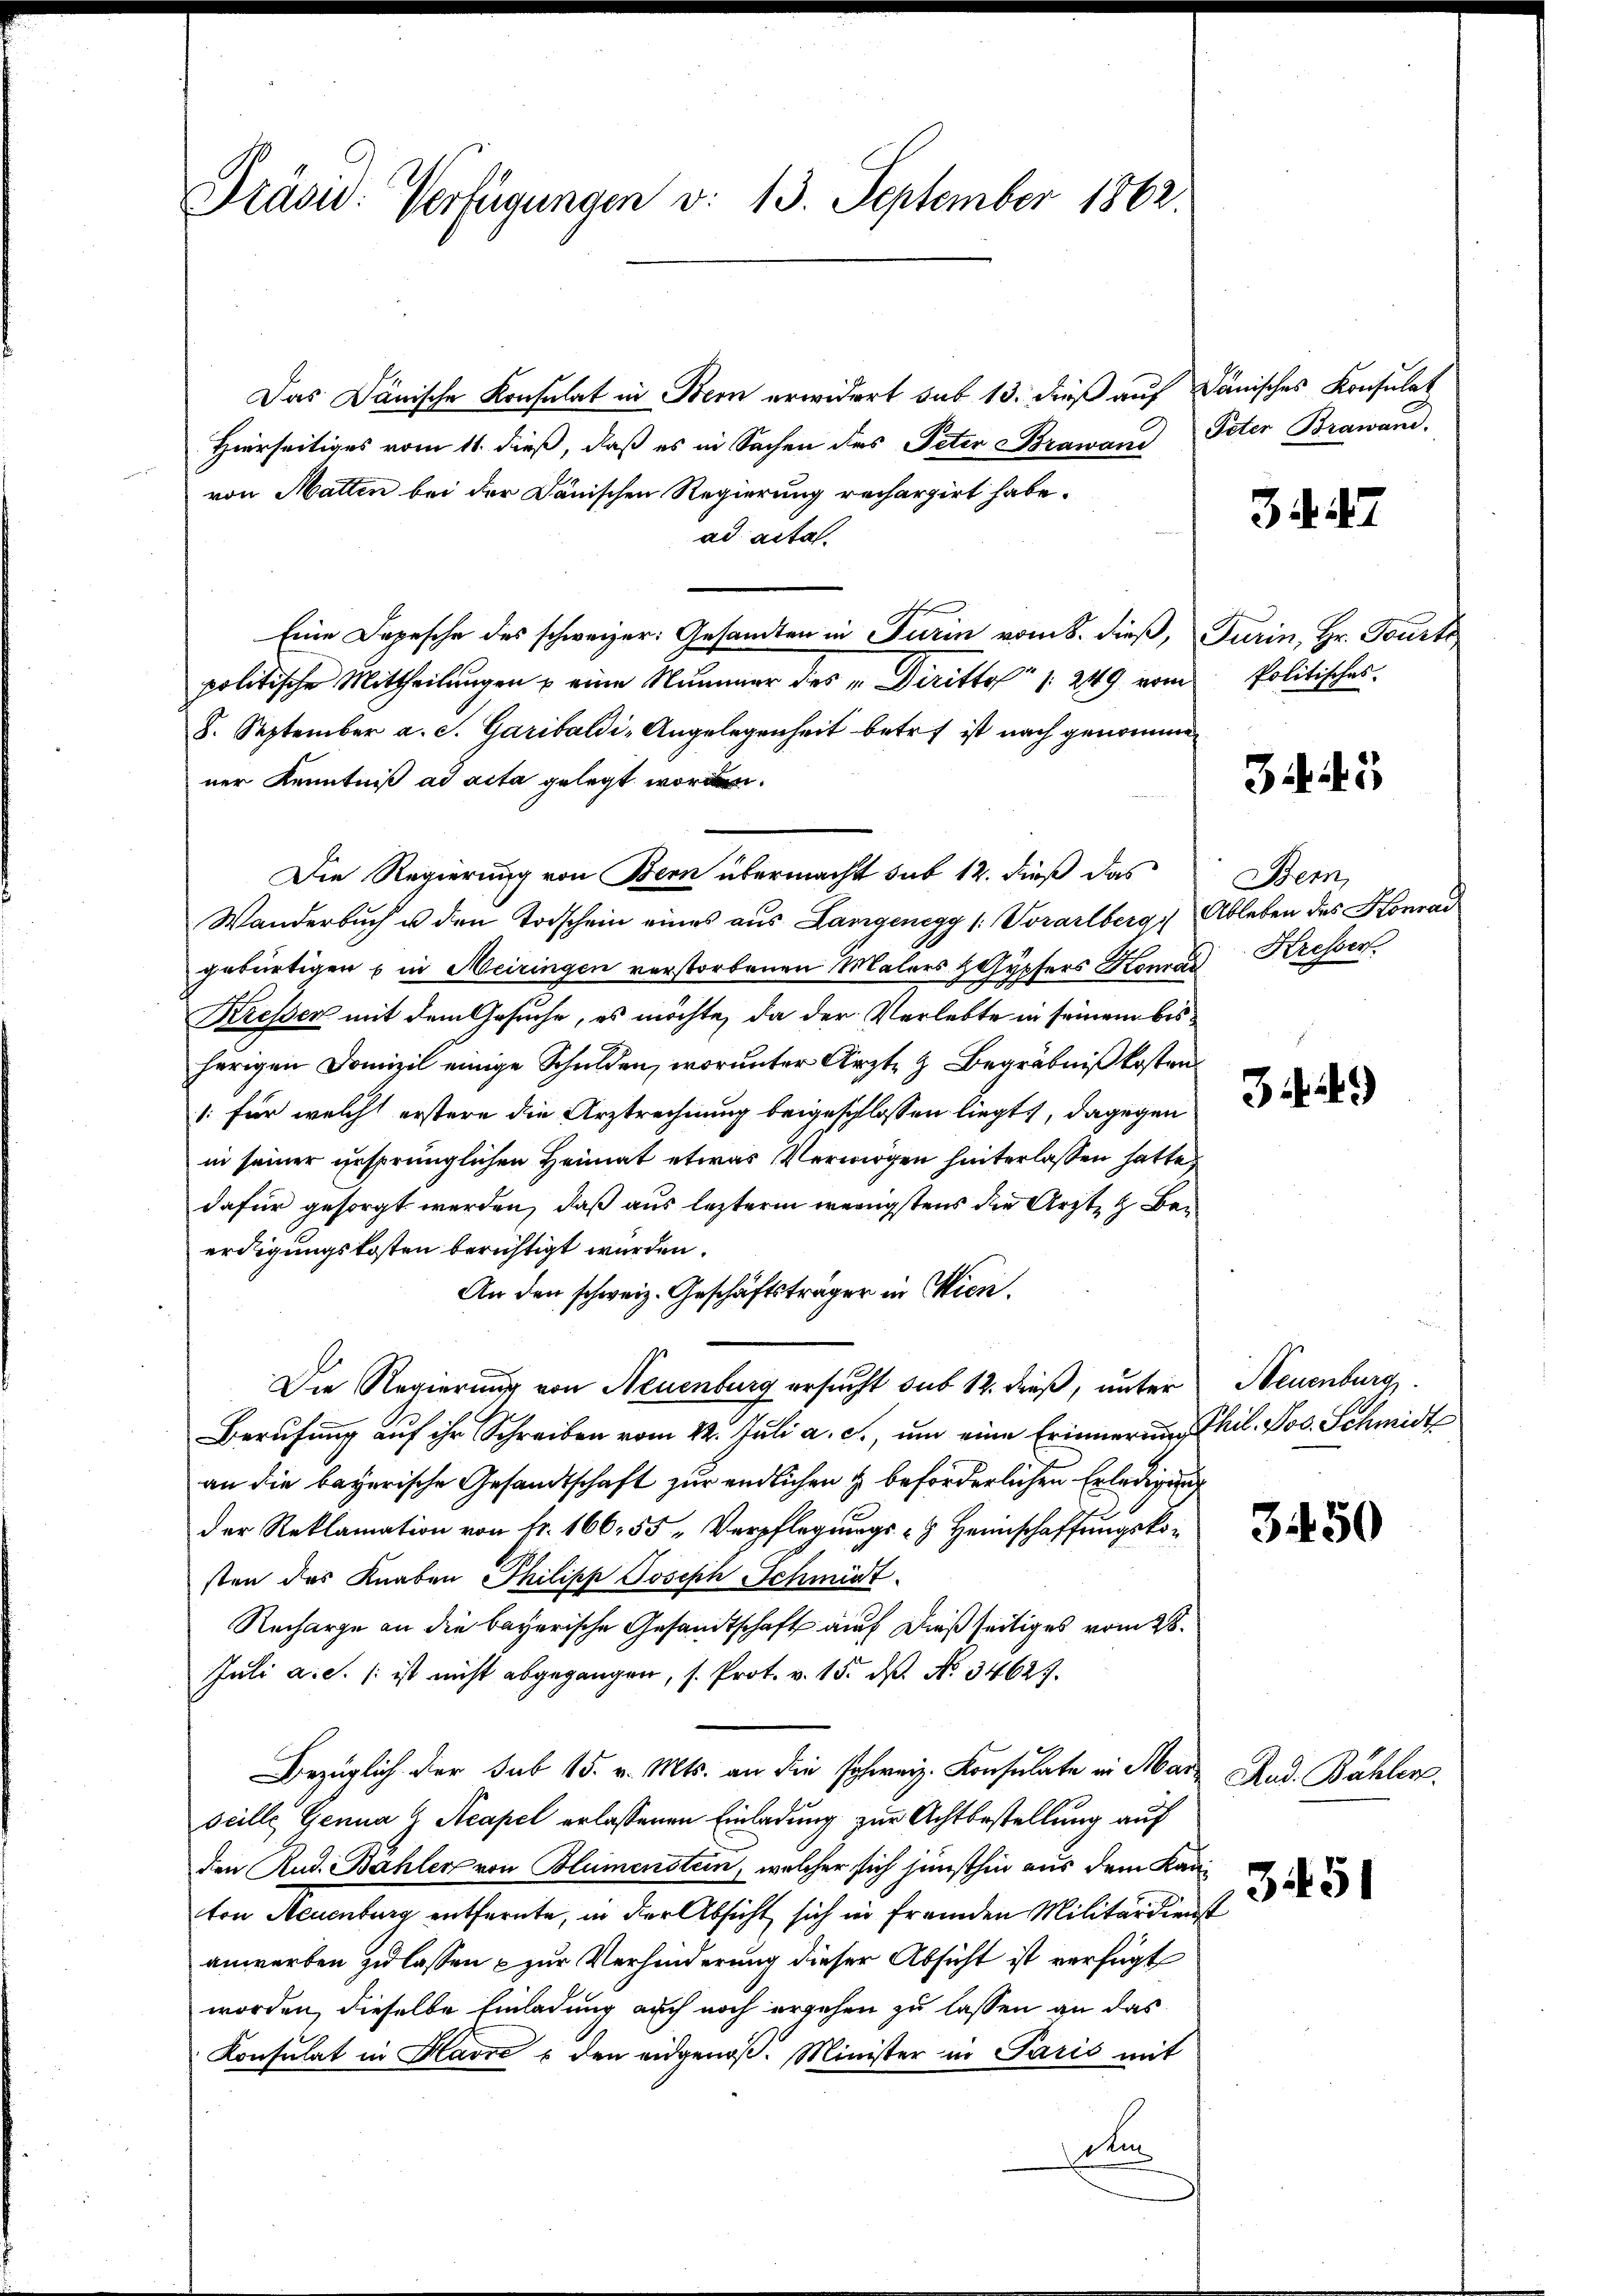
Präsid: Verfügungen v. 13. September 1862.

Das Dänische Konsulat in Bern erwidert sub 13. dieß auf dänisches Konsulat
Hierseitiges vom 11. dieß, daß es in Sachen des Peter Brawand
von Matten bei der Dänischen Regierung rechargirt habe.
ad acta.
Eine Depesche des schweizer: Gesandten in Turin vom 8. dieß, Turin, Hr. Tourti,
politische Mittheilungen u eine Nummer des „Diritto 1. 249 vom Politisches.
8. September a. S. Garibaldi-Angelegenheit betref ist nach genomme
ner Kenntniß ad acta gelegt worden.
Wanderbuch u den Todschein eines aus Langenegg (: Vorarlberg, Ableben des Konrad
gebürtigen in Meiringen verstorbenen Malers Gypfers Konrad Kresser
Kresser mit dem Gesuche, es möchte, da der Verlebte in seinem bisherigen Domizil einige Schulden, worunter Ärzte & Begräbnißkosten.
1: für welch erstere die Arztrechnung beigeschlossen liegt, dagegen
in seiner ursprünglichen Heimat etwas Vermögen hinterlassen hatte,
dafür gesorgt werden, daß aus lezterm wenigstens die Ärzte Beerdigungskosten berichtigt wurden.
An den schweiz. Geschäftsträger in Wien.
Die Regierung von Neuenburg ersucht sub 12. dieß, unter
Berufung auf ihr Schreiben vom 22. Juli a. c., um eine Erinnerung Thil. Jos. Schmidt
an die bayerische Gesandtschaft zur endlichen & beförderlichen Erledigung
der Reklamation von fr. 166. 55. Verpflegungs - Heimschaffungskosten das Knaben Philipp Joseph Schmidt.
Recharge an die bayerische Gesandtschaft auf dießseitiges vom 28.
Juli a.c. (: ist nicht abgegangen, s. Prot. v. 15. dß. No 34627.
Bezüglich der sub 15. v. Mts. an die schweiz. Konsulate in Marz Rud. Bähler
seille Genua Z Acapel erlassenen Einladung zur Achtbestellung auf
den Rud. Bahler von Blumenstein, welcher sich junsthin aus dem Kanton Neuenburg entfernte, in der Absicht sich in fremden Militärdienst
anworben zu lassen & zur Verhinderung dieser Absicht ist verfügt
worden, dieselbe Einladung auch noch ergehen zu lassen an das
Konsulat in Havre & den eidgenoß. Minister in Paris mit
dem

Die Regierung von Bern übermacht sub 12. dieß das

Peter Brawand.

34.

3445

Bern,

329

Neuenburg

3450

3451